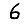
Digit: 6